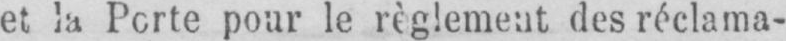
et la Porte pour le règlement des réclama-